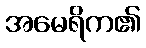
အမေရိက၏